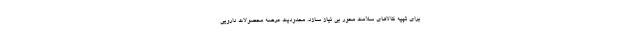
برای تهیه کالاهای سلامت محور بی نیاز سازد. محدودیت عرضه محصولات دارویی